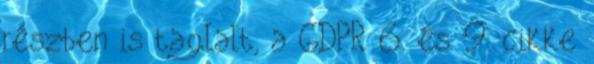
részben is taglalt, a GDPR 6. és 9. cikke